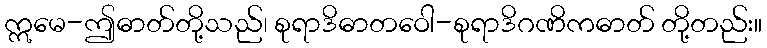
ဣမေ-ဤဓာတ်တို့သည်၊ စုရာဒိဓာတဝေါ-စုရာဒိဂဏိကဓာတ် တို့တည်း။